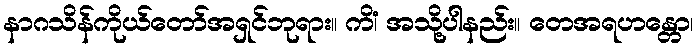
နာဂသိန်ကိုယ်တော်အရှင်ဘုရား။ ကိံ၊ အသို့ပါနည်း။ တေအရဟန္တော၊